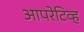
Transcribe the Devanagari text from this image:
आपरेटिव्ह